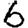
Digit: 6